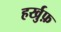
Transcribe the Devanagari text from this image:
हर्खुफ़